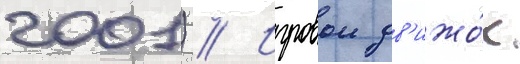
2001) // Игровои дв'ижо́к